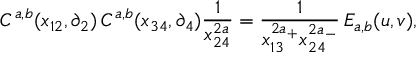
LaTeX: C ^ { a , b } ( x _ { 1 2 } , \partial _ { 2 } ) \, C ^ { a , b } ( x _ { 3 4 } , \partial _ { 4 } ) \frac { 1 } { x _ { 2 4 } ^ { 2 a } } = \frac { 1 } { x _ { 1 3 } ^ { 2 a _ { + } } x _ { 2 4 } ^ { 2 a _ { - } } } \, { \cal { E } } _ { a , b } ( u , v ) ,